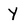
Character: Y